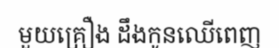
មួយគ្រឿង ដឹងកូនឈើពេញ